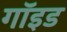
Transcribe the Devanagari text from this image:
गॉइड